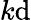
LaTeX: k\mathrm{d}